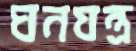
ঘনযন্ত্র